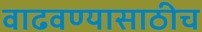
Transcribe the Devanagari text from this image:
वाढवण्यासाठीच